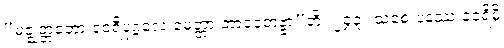
“မဇ္ဈတ္တတော ဝေရီပုဂ္ဂလေ မေတ္တာ ဘာဝေတဗ္ဗာ”တိ။ ၂၄၃။ သစေ ပနဿ ဝေရိမှိ